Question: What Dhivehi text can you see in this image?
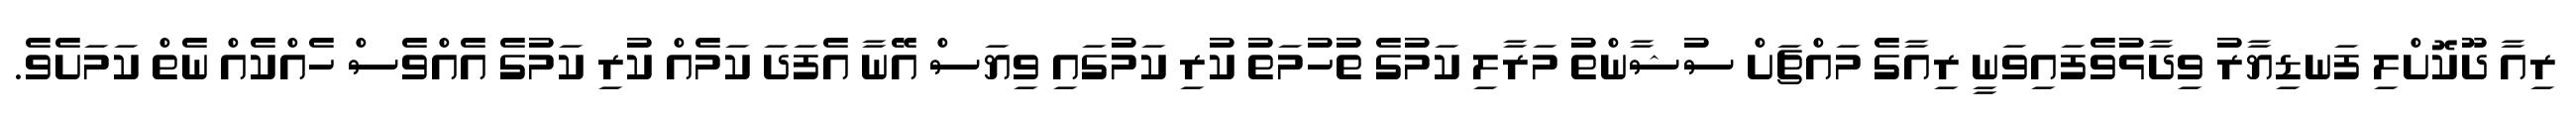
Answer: ރިއާ ދޫކޮށްލި ފަނޑިޔާރު ވިދާޅުވެފައިވަނީ ރިއާގެ މައްޗަށް ސުޝާންތު މަރާލި ކަމުގެ ތުހުމަތު ކުރި ކަމުގައި ވިޔަސް އޭނާ އެފަދަ ކަމެއް ކުރި ކަމުގެ އެއްވެސް ހެއްކެއް ނެތް ކަމަށެވެ.